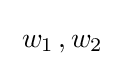
\;w_{1}\,,w_{2}\;